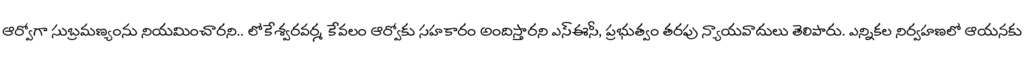
ఆర్వోగా సుబ్రమణ్యంను నియమించారని.. లోకేశ్వరవర్మ కేవలం ఆర్వోకు సహకారం అందిస్తారని ఎస్ఈసీ, ప్రభుత్వం తరపు న్యాయవాదులు తెలిపారు. ఎన్నికల నిర్వహణలో ఆయనకు